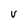
Character: V